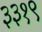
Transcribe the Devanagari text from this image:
३३१९